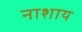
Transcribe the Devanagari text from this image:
नाशाय